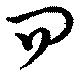
問